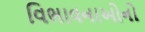
વિભાવનાઓનો